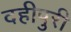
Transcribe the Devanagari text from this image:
दहीपुरी